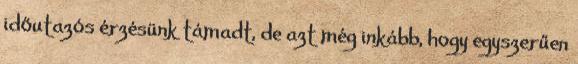
időutazós érzésünk támadt, de azt még inkább, hogy egyszerűen